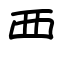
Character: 覀